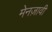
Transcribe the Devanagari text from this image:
मेनज़ावी